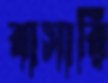
বাসারি